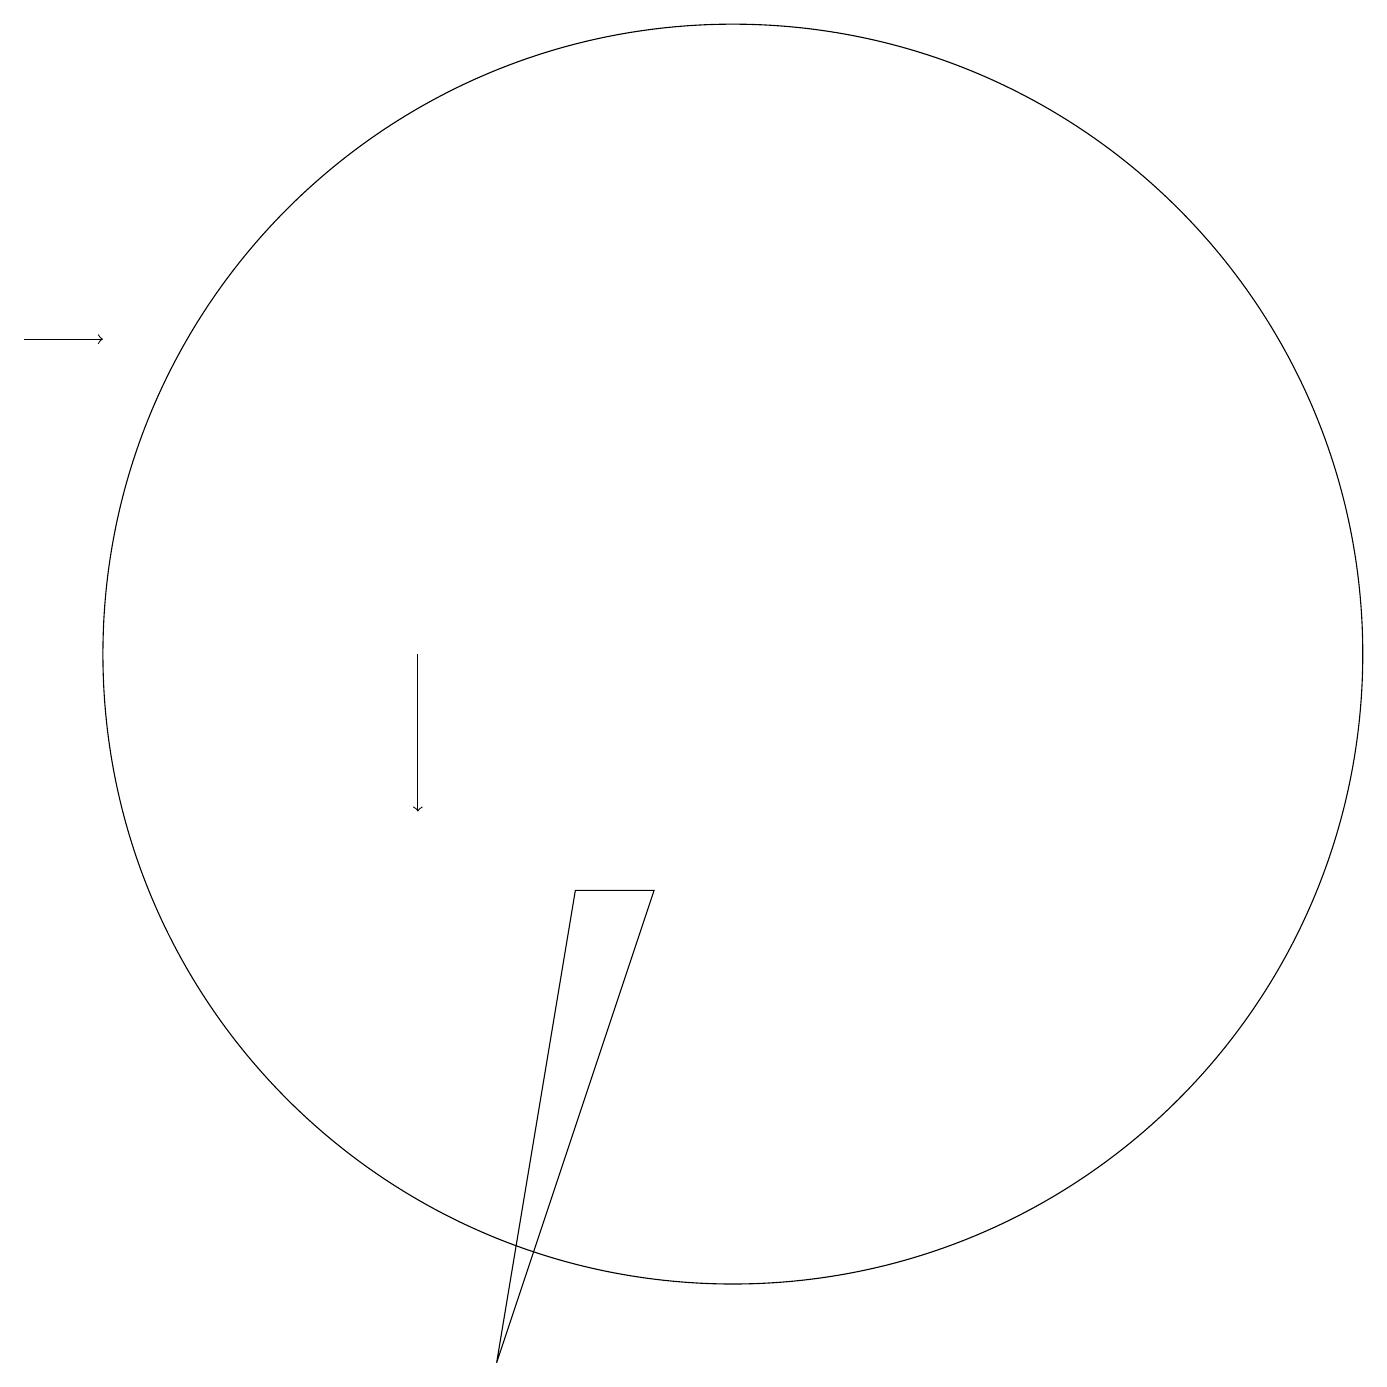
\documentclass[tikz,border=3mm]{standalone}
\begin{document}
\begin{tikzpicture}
\draw (10,12) circle (8);
\draw (9,9) -- (7,3) -- (8,9) -- cycle;
\draw[->] (6,12) -- (6,10);
\draw[->] (1,16) -- (2,16);
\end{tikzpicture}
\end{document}